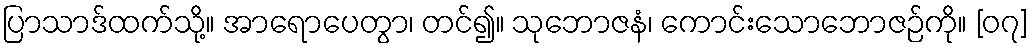
ပြာသာဒ်ထက်သို့။ အာရောပေတွာ၊ တင်၍။ သုဘောဇနံ၊ ကောင်းသောဘောဇဉ်ကို။ [၀၇]